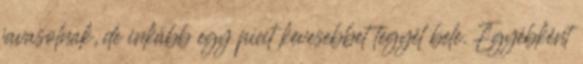
javasolnak, de inkább egy picit kevesebbet tegyél bele. Egyébként